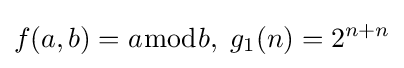
f(a,b)=a{\bmod {b}},\;g_{1}(n)=2^{n+n}